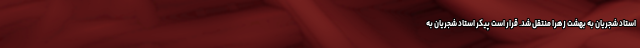
استاد شجریان به بهشت زهرا منتقل شد. قرار است پیکر استاد شجریان به